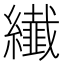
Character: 纎